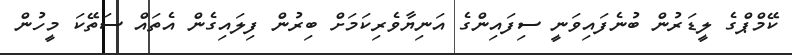
ކޭމްޕްގެ ލީޑަރުން ބުނެފައިވަނީ ސިފައިންގެ އަނިޔާވެރިކަމަށް ބިރުން ފިލައިގެން އެތައް ސަތޭކަ މީހުން